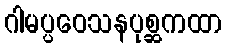
ဂါမပ္ပဝေသနပုစ္ဆကထာ